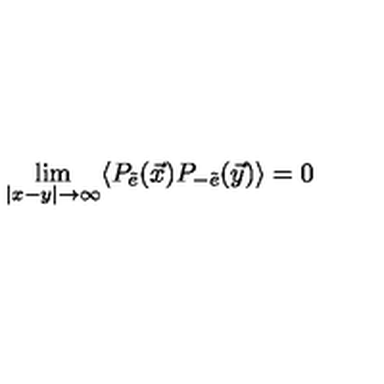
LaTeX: \lim _ { \vert x - y \vert \rightarrow \infty } \langle P _ { \tilde { e } } ( \vec { x } ) P _ { - \tilde { e } } ( \vec { y } ) \rangle = 0